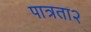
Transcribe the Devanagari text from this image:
पात्रता२